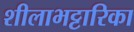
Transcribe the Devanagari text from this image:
शीलाभट्टारिका